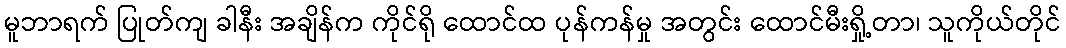
မူဘာရက် ပြုတ်ကျ ခါနီး အချိန်က ကိုင်ရို ထောင်ထ ပုန်ကန်မှု အတွင်း ထောင်မီးရှို့တာ၊ သူကိုယ်တိုင်